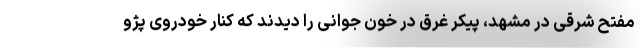
مفتح شرقی در مشهد، پیکر غرق در خون جوانی را دیدند که کنار خودروی پژو